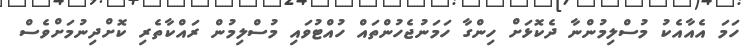
ހަމަ އެއާއެކު މުސްލިމުންނާ ދެކޮޅަށް ހިންގާ ހަމަނުޖެހުންތައް ހުއްޓުވައި މުސްލިމުން ރައްކާތެރި ކޮށްދިނުމަށްވެސް